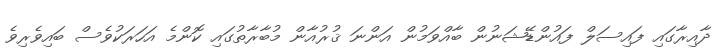
ދާއިރާގައި ފައިސަލް ފައުންޑޭޝަނުން ބާއްވަމުން އަންނަ ޤުރުއާން މުބާރާތުގައި ކޮންމެ އަހަރަކުވެސް ބައިވެރިވެ